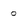
Character: O